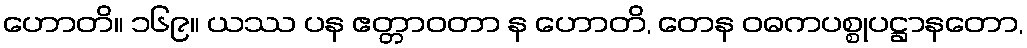
ဟောတိ။ ၁၆၉။ ယဿ ပန ဧတ္တာဝတာ န ဟောတိ, တေန ဝဓကပစ္စုပဋ္ဌာနတော,